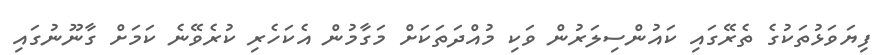
ފިޔަވަޅުތަކުގެ ތެރޭގައި ކައުންސިލަރުން ވަކި މުއްދަތަކަށް މަގާމުން އެކަހެރި ކުރެވޭނެ ކަމަށް ގާނޫނުގައި